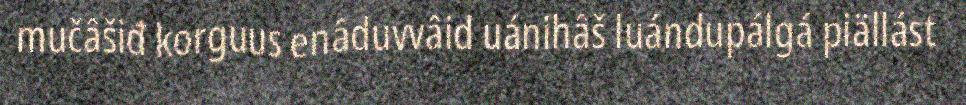
mučâšiđ korguus enâduvvâid uánihâš luándupálgá piällást